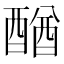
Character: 𨡴